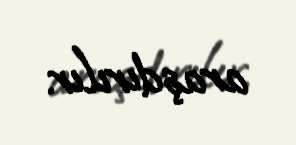
araşdırılır.